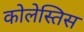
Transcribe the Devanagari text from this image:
कोलेस्तिस